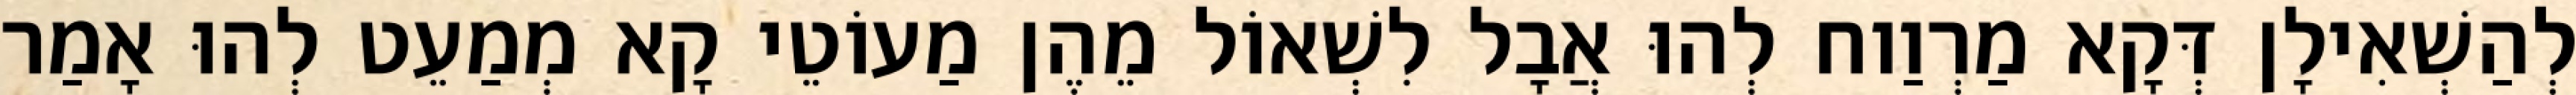
לְהַשְׁאִילָן דְּקָא מַרְוַוח לְהוּ אֲבָל לִשְׁאוֹל מֵהֶן מַעוֹטֵי קָא מְמַעֵט לְהוּ אָמַר